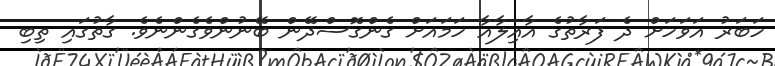
ހަބަރު އަވަހަށް ދެ ފަރާތުގެ އާއިލާއާ ހަމައަށް ގެންގޮސްދޭން ބޭނުންވެގެންނެވެ. ގާތުގައި ތިބި